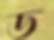
ড